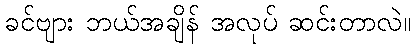
ခင်ဗျား ဘယ်အချိန် အလုပ် ဆင်းတာလဲ။